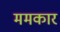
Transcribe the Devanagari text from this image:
ममकार